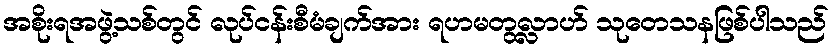
အစိုးရအဖွဲ့သစ်တွင် လုပ်ငန်းစီမံချက်အား ရဟမတွလ္လာဟ် သုတေသနဖြစ်ပါသည်